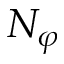
N _ { \varphi }